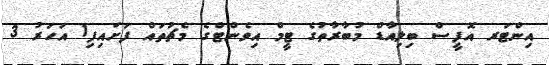
އިންޓަރ އޮފީސް ބިލިއާޑް މުބާރާތުގެ ޓީމް އިވެންޓްގެ މެޗުތައް ފަށައިފި1 އަހަރު 3